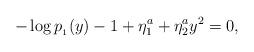
LaTeX: \begin{align*}-\log p_{_1}(y) -1 + \eta_1^a + \eta_2^a y^2 = 0,\end{align*}